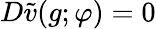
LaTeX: D\tilde{v}(g;\varphi)=0